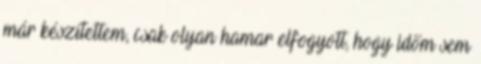
már készítettem, csak olyan hamar elfogyott, hogy időm sem